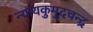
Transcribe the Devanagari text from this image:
न्यायकुमुदचन्द्र